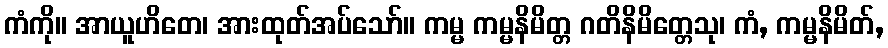
ကံကို။ အာယူဟိတေ၊ အားထုတ်အပ်သော်။ ကမ္မ ကမ္မနိမိတ္တ ဂတိနိမိတ္တေသု၊ ကံ, ကမ္မနိမိတ်,